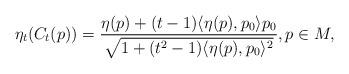
LaTeX: \begin{align*}\eta_t(C_t(p)) = \frac{\eta(p) + (t-1) \langle \eta(p), p_0 \rangle p_0}{ \sqrt{1 + (t^2 - 1) \langle \eta(p), p_0 \rangle^2}}, p \in M ,\end{align*}